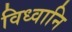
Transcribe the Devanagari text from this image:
विध्वानि